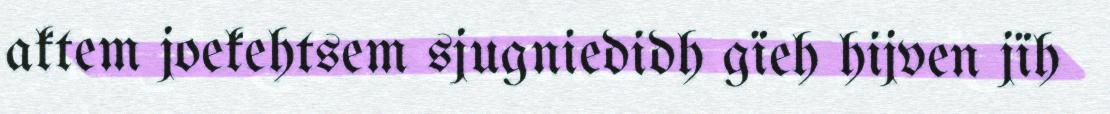
aktem joekehtsem sjugniedidh gïeh hijven jïh